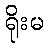
ရိုးမ